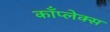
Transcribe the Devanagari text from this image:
काँप्लेक्स